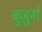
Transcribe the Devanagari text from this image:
बुजु़र्ग